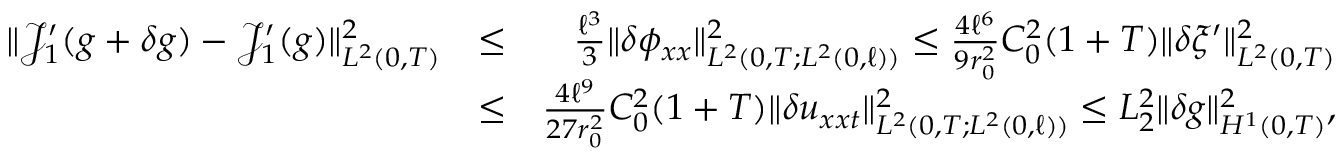
\begin{array} { r l r } { \Vert \mathcal { J } _ { 1 } ^ { \prime } ( g + \delta g ) - \mathcal { J } _ { 1 } ^ { \prime } ( g ) \Vert _ { L ^ { 2 } ( 0 , T ) } ^ { 2 } } & { \leq } & { \frac { \ell ^ { 3 } } { 3 } \Vert \delta \phi _ { x x } \Vert _ { L ^ { 2 } ( 0 , T ; L ^ { 2 } ( 0 , \ell ) ) } ^ { 2 } \leq \frac { 4 \ell ^ { 6 } } { 9 r _ { 0 } ^ { 2 } } C _ { 0 } ^ { 2 } ( 1 + T ) \Vert \delta \xi ^ { \prime } \Vert _ { L ^ { 2 } ( 0 , T ) } ^ { 2 } } \\ & { \leq } & { \frac { 4 \ell ^ { 9 } } { 2 7 r _ { 0 } ^ { 2 } } C _ { 0 } ^ { 2 } ( 1 + T ) \Vert \delta u _ { x x t } \Vert _ { L ^ { 2 } ( 0 , T ; L ^ { 2 } ( 0 , \ell ) ) } ^ { 2 } \leq L _ { 2 } ^ { 2 } \Vert \delta g \Vert _ { H ^ { 1 } ( 0 , T ) } ^ { 2 } , } \end{array}